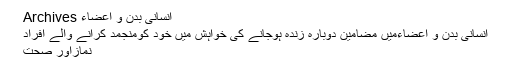
انسانی بدن و اعضاء Archives
انسانی بدن و اعضاءمیں مضامین دوبارہ زندہ ہوجانے کی خواہش میں خود کومنجمد کرانے والے افراد
نمازاور صحت